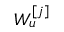
W _ { u } ^ { [ j ] }